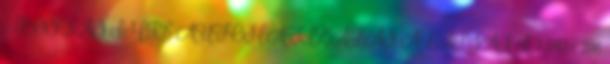
– ROSTÁS IMRE AUTOMATIZÁLÁS ALAPJAI I. 1 580,- 238